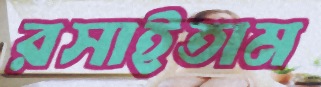
রসাইতাম